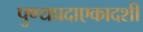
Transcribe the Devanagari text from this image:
पुण्यप्रदाएकादशी